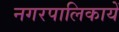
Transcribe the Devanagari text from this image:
नगरपालिकायें